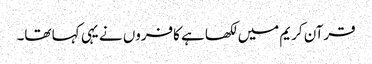
قرآن کریم میں لکھا ہے کافروں نے یہی کہا تھا۔